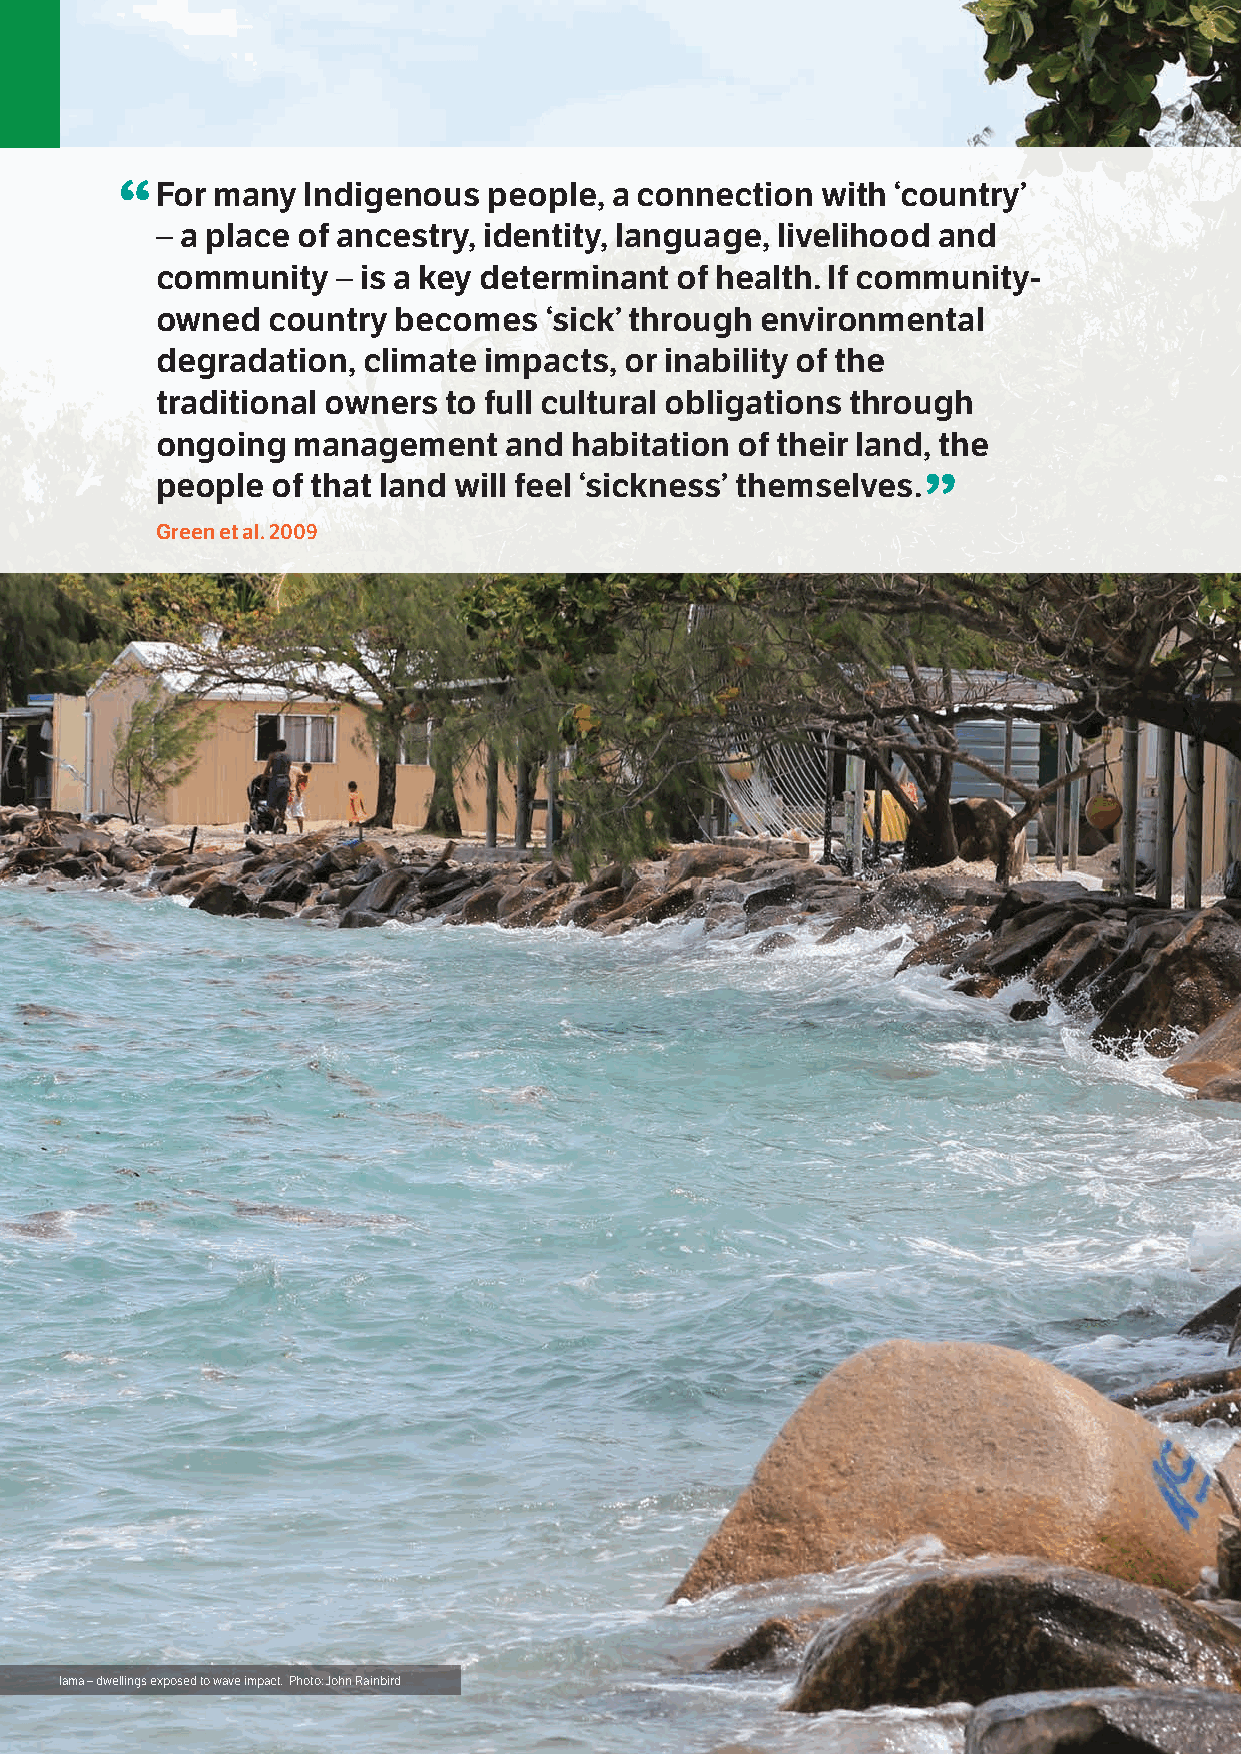
“F  or many Indigenous  people, a connection  with ‘country’
 – a place of ancestry, identity, language, livelihood and
 community   – is a key determinant of health. If community-
 owned   country becomes   ‘sick’ through environmental
 degradation,  climate impacts, or inability of the
 traditional owners to full cultural obligations through
 ongoing  management    and  habitation of their land, the
 people  of that land will feel ‘sickness’ themselves.”
 Green et al. 2009
 30 Torres Strait Regional Adaptation and Resilience Plan
 Iama – dwellings exposed to wave impact. Photo: John Rainbird